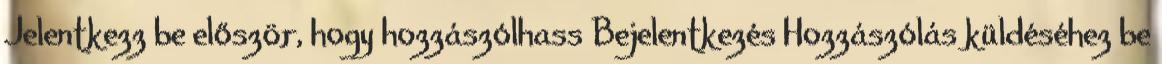
Jelentkezz be először, hogy hozzászólhass Bejelentkezés Hozzászólás küldéséhez be